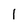
Character: 1